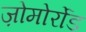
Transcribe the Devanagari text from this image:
ज़ोमोर्रोड